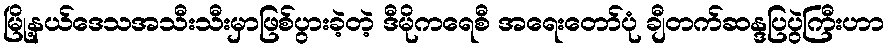
မြို့နယ်ဒေသအသီးသီးမှာဖြစ်ပွားခဲ့တဲ့ ဒီမိုကရေစီ အရေးတော်ပုံ ချီတက်ဆန္ဒပြပွဲကြီးဟာ